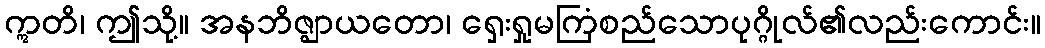
ဣတိ၊ ဤသို့။ အနဘိဇ္ဈာယတော၊ ရှေးရှုမကြံစည်သောပုဂ္ဂိုလ်၏လည်းကောင်း။